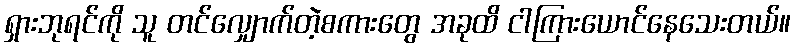
ရှားဘုရင်ကို သူ တင်လျှောက်တဲ့စကားတွေ အခုထိ ငါကြားယောင်နေသေးတယ်။